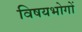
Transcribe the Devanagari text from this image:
विषयभोगों